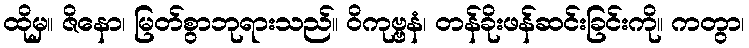
ထိုမှ။ ဇိနော၊ မြတ်စွာဘုရားသည်။ ဝိကုဗ္ဗနံ၊ တန်ခိုးဖန်ဆင်းခြင်းကို။ ကတွာ၊